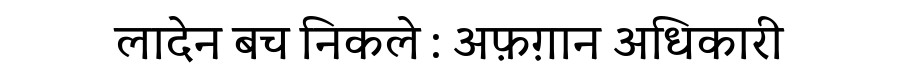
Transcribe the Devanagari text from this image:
लादेन बच निकले : अफ़ग़ान अधिकारी